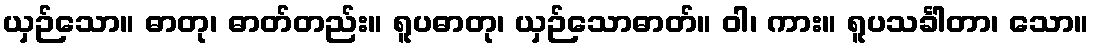
ယှဉ်သော။ ဓာတု၊ ဓာတ်တည်း။ ရူပဓာတု၊ ယှဉ်သောဓာတ်။ ဝါ၊ ကား။ ရူပသင်္ခါတာ၊ သော။